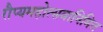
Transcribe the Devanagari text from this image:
रौप्यमहोत्सवानिमित्त